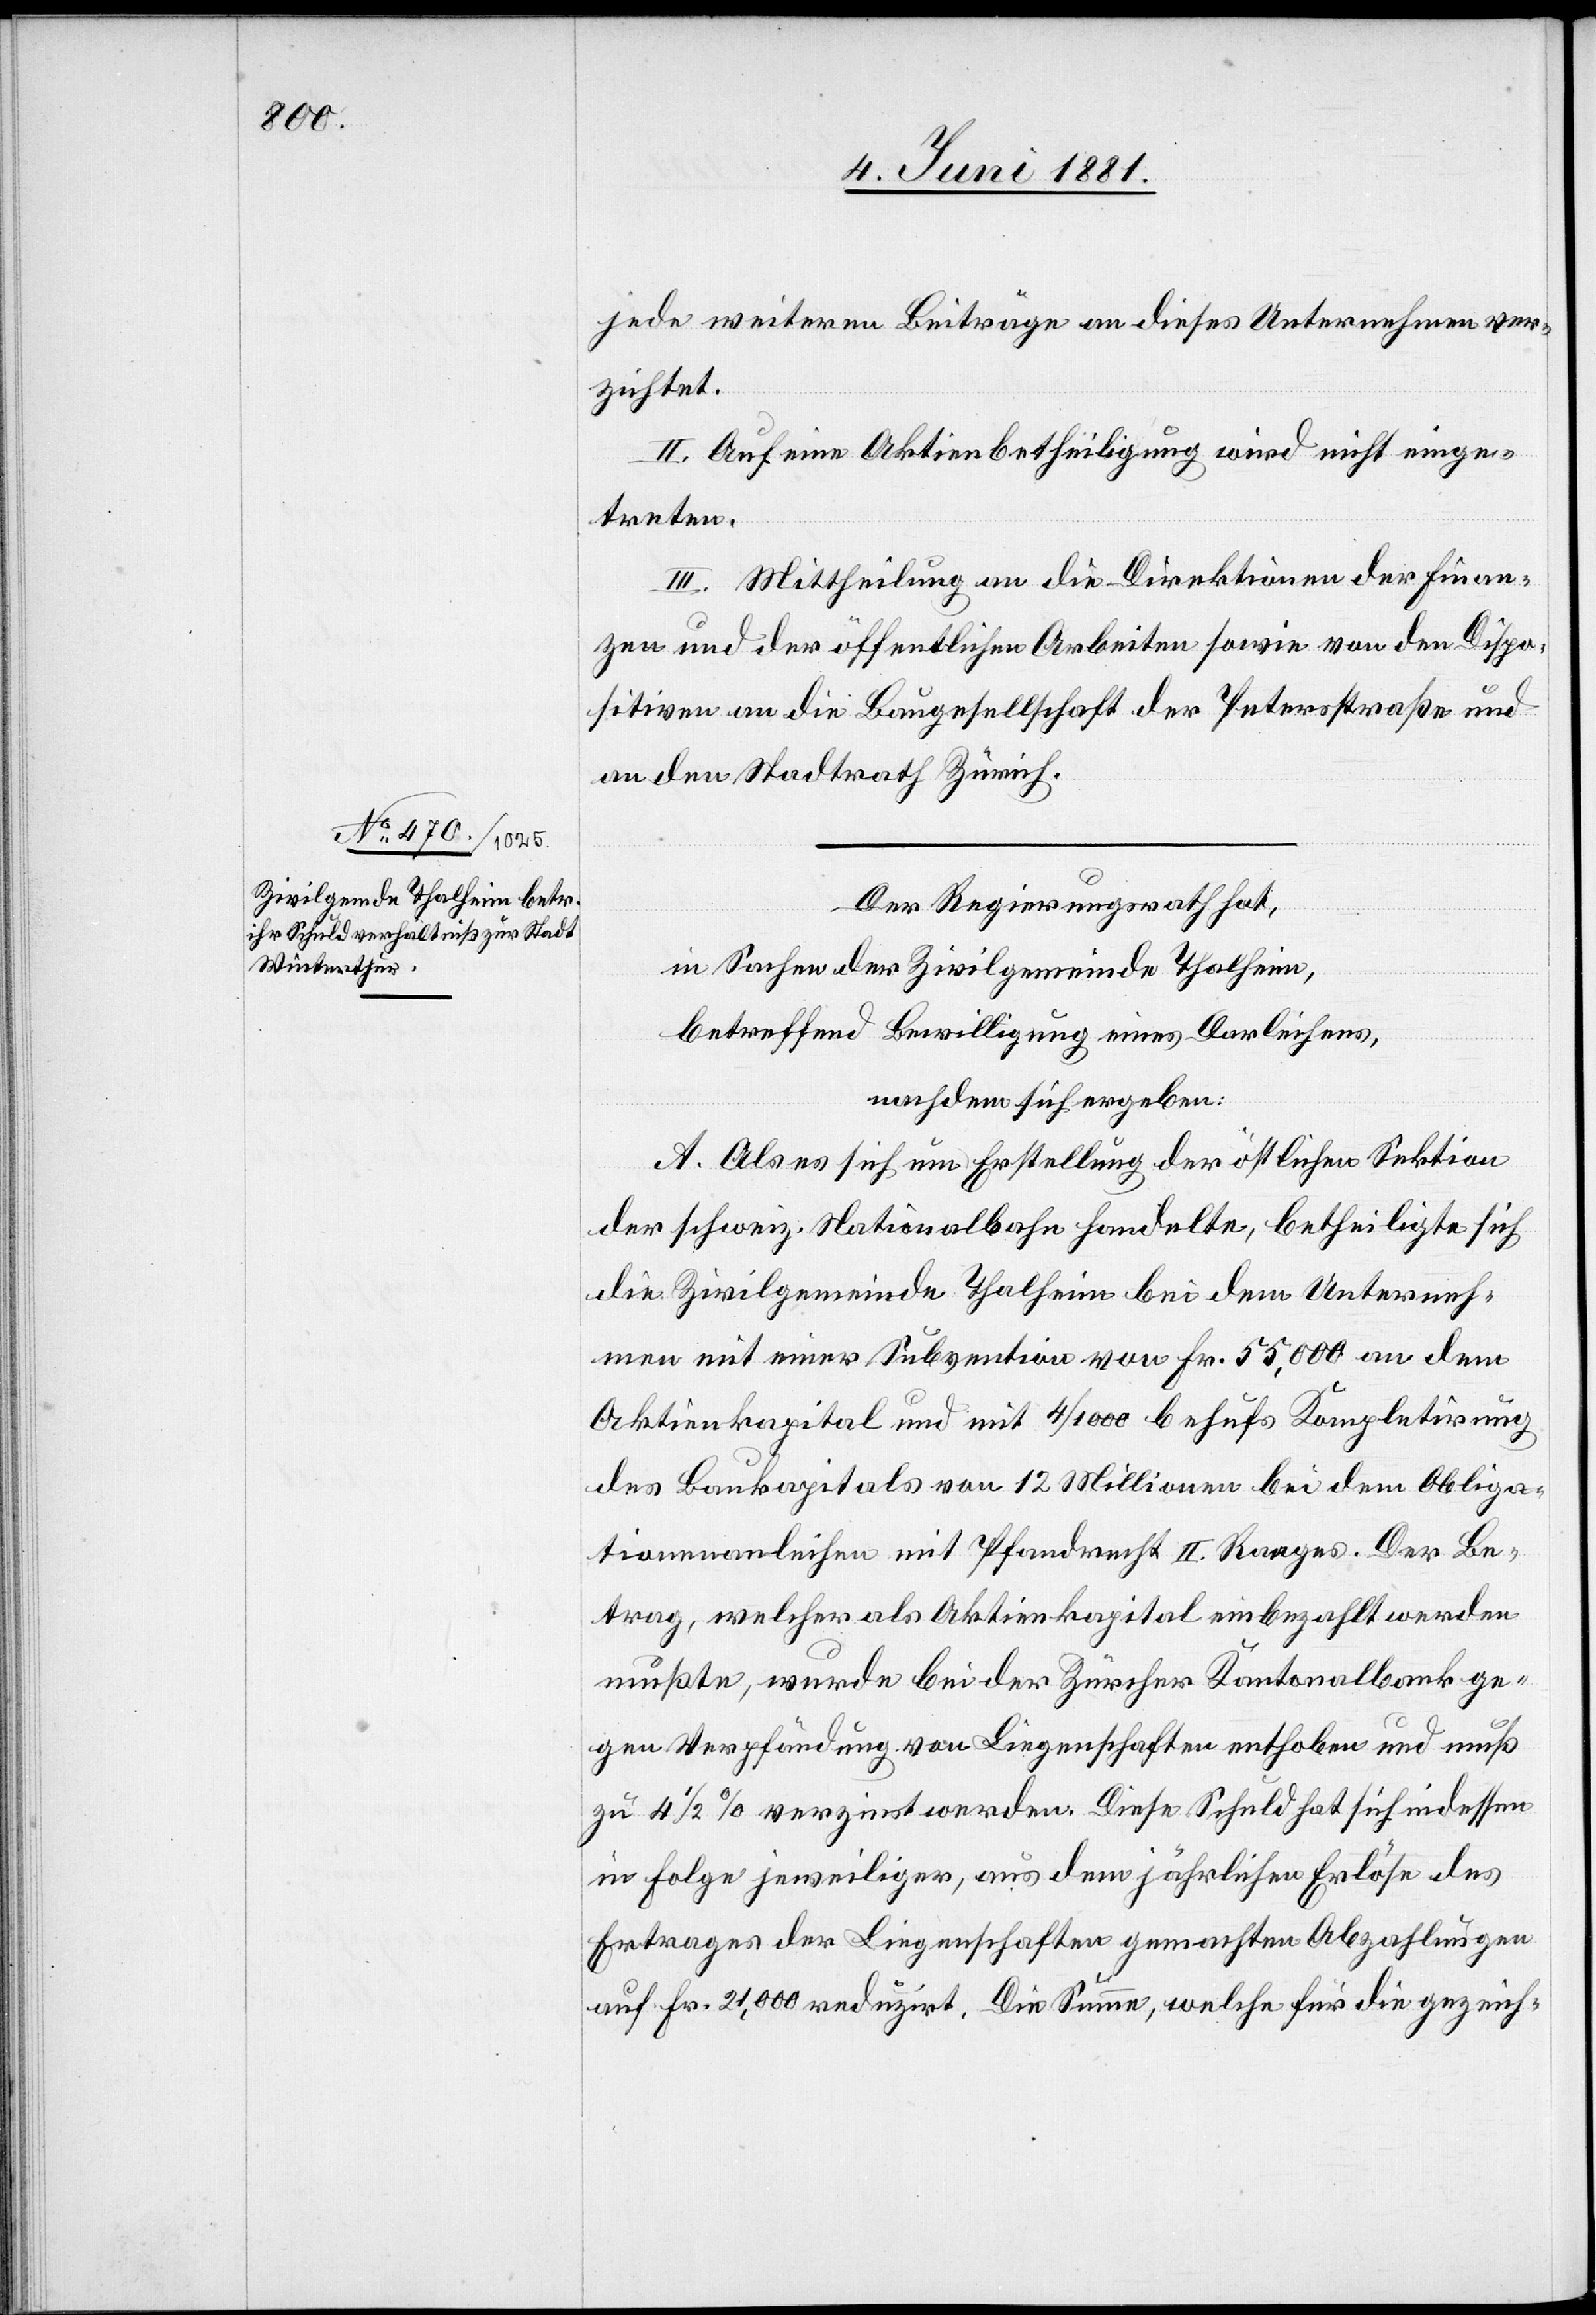
jede weiteren Beiträge an dieses Unterfangen ver¬
zichtet.
II. Auf eine Aktienbetheiligung wird nicht einge¬
treten.
III. Mittheilung an die Direktion der Finan¬
zen und der öffentlichen Arbeiten sowie von den Dispo¬
sitiven an die Baugesellschaft der Petersstraße und
an den Stadtrath Zürich.
Der Regierungsrath,
in Sachen der Zivilgemeinde Thalheim,
betreffend Bewilligung eines Darleihens,
nachdem sich ergeben:
A. Als es sich um Erstellung der östlichen Sektion
der schweiz. Nationalbahn handelte, betheiligte sich
die Zivilgemeinde Thalheim bei dem Unterneh¬
men mit einer Subvention von Fr. 55,000 an dem
Aktienkapital und mit 4/1000 behufs Kompletirung
des Baukapitals von 12 Millionen bei dem Obliga¬
tionenanleihen mit Pfandrecht II. Ranges. Der Be¬
trag, welcher als Aktienkapital einbezahlt werden
mußte, wurde bei der Zürcher Kantonalbank ge¬
gen Verpfändung von Liegenschaften enthoben und muß
zu 4 1/2% verzinst werden. Diese Schuld hat sich indessen
in Folge jeweiliger, aus dem jährlichen Erlöse des
Ertrages der Liegenschaften gemachten Abzahlungen
auf Fr. 21,000 reduzirt. Die Summe, welche für die gezeich-